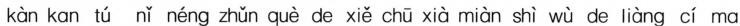
kàn kan tú nǐ néng zhǔn què de xiě chū xià miàn shì wù de liàng cí ma